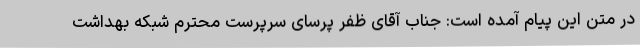
در متن این پیام آمده است: جناب آقای ظفر پرسای سرپرست محترم شبکه بهداشت